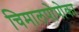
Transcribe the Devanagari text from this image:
चिमालपोपोका